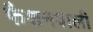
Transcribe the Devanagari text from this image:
फैशनवाली